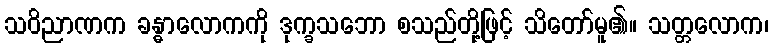
သဝိညာဏက ခန္ဓာလောကကို ဒုက္ခသဘော စသည်တို့ဖြင့် သိတော်မူ၏။ သတ္တလောက၊